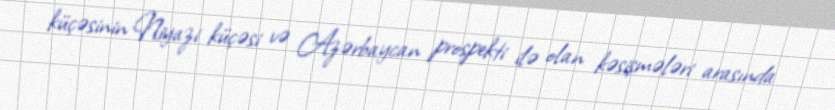
küçəsinin Niyazi küçəsi və Azərbaycan prospekti ilə olan kəsişmələri arasında